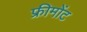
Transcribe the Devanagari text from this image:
फ्रीमोंट